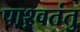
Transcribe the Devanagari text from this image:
पाश्र्वतंतु